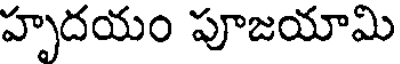
హృదయం పూజయామి